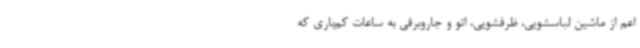
اعم از ماشین لباسشویی، ظرفشویی، اتو و جاروبرقی به ساعات کم‌باری که